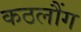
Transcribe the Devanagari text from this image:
कठलौंग